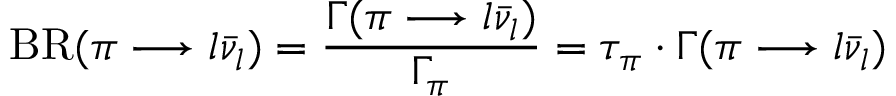
\mathrm { B R } ( \pi \longrightarrow l \bar { \nu } _ { l } ) = \frac { \Gamma ( \pi \longrightarrow l \bar { \nu } _ { l } ) } { \Gamma _ { \pi } } = \tau _ { \pi } \cdot \Gamma ( \pi \longrightarrow l \bar { \nu } _ { l } )